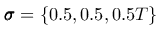
\pmb { \sigma } = \{ 0 . 5 , 0 . 5 , 0 . 5 T \}